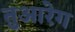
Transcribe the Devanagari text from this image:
तुआरेग